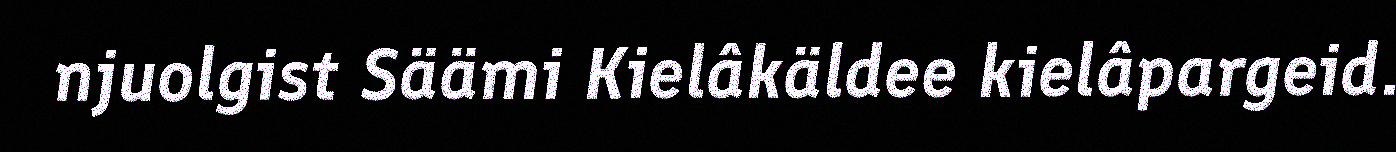
njuolgist Säämi Kielâkäldee kielâpargeid.